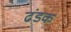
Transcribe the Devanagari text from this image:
ढंडक